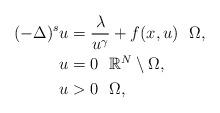
LaTeX: \begin{align*}(-\Delta)^s u&= \frac{\lambda}{u^{\gamma}}+ f(x,u)~~\Omega,\\u&=0~~\mathbb{R}^N\setminus\Omega,\\u&>0~~\Omega,\end{align*}